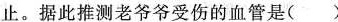
止。据此推测老爷爷受伤的血管是( )